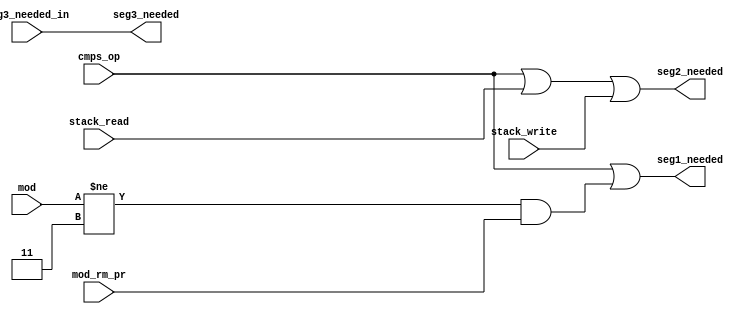
module dependency_seg (cmps_op,
                       mod,
                       mod_rm_pr,
                       stack_read,
                       stack_write,
                       seg3_needed_in,
                       seg1_needed,
                       seg2_needed,
                       seg3_needed);

input       cmps_op;
input [1:0] mod;
input       mod_rm_pr;
input       stack_read;
input       stack_write;
input       seg3_needed_in;
output      seg1_needed;
output      seg2_needed;
output      seg3_needed;

assign seg1_needed = cmps_op || ((mod!=2'b11) & mod_rm_pr);
assign seg2_needed = cmps_op || stack_read || stack_write;
assign seg3_needed = seg3_needed_in;

endmodule